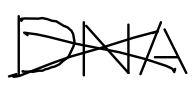
Text: DNA
Cross-out: cross
Writing tool: digital_black